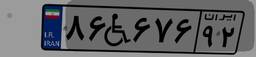
۸۶W۶۷۶۹۲